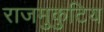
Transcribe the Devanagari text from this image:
राजमुकुटिय